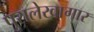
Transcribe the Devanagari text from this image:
पुरालेखागार